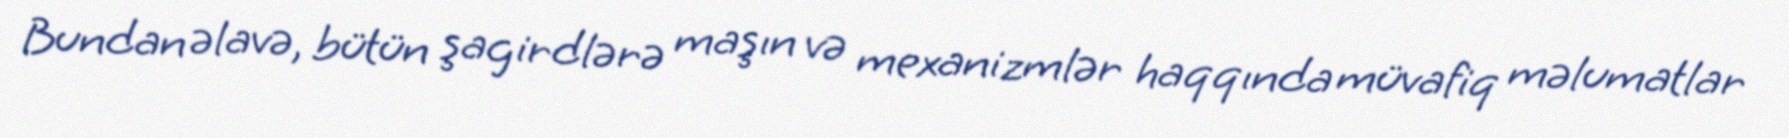
Bundan əlavə, bütün şagirdlərə maşın və mexanizmlər haqqında müvafiq məlumatlar